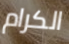
الكرام